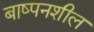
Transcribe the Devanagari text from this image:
बाष्पनशील